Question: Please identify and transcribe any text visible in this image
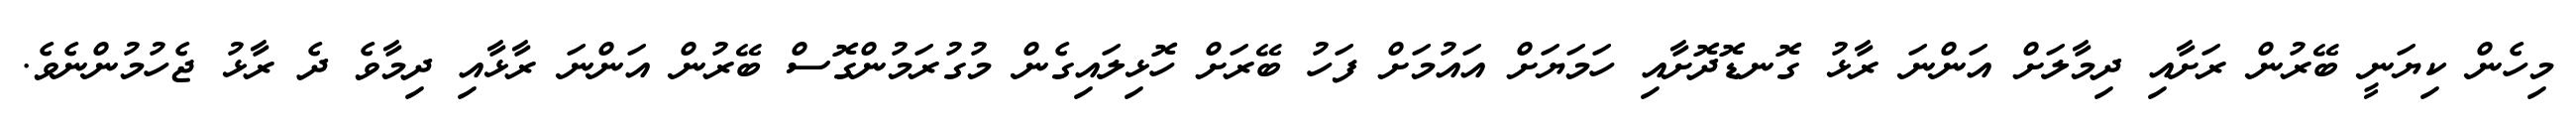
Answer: މިހެން ކިޔަނީ ބޭރުން ރަށާއި ދިމާލަށް އަންނަ ރާޅު ގޮނޑޮދޮށާއި ހަމަޔަށް އައުމަށް ފަހު ބޭރަށް ހޮޅިލައިގެން މުގުރަމުންގޮސް ބޭރުން އަންނަ ރާޅާއި ދިމާވެ ދެ ރާޅު ޖެހުމުންނެވެ.